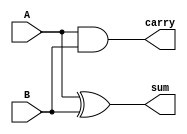
module half_adder(
    input A,
    input B,
    output sum,
    output carry
);

assign sum = A ^ B;
assign carry = A & B;

endmodule